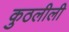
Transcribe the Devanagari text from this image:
कुठलीली